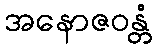
အနောဇဝန္တံ